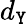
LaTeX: d_{\mathtt{Y}}